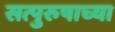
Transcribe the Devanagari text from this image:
सत्पुरुषाच्या